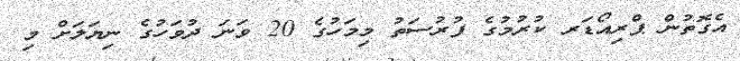
އެގޮތުން ޕްރިއޯޑަރ ކުރުމުގެ ފުރުސަތު މިމަހުގެ 20 ވަނަ ދުވަހުގެ ނިޔަލަށް މި